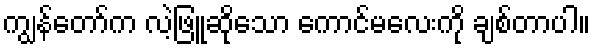
ကျွန်တော်က လဲ့ဖြူဆိုသော ကောင်မလေးကို ချစ်တာပါ။